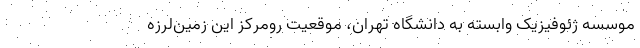
موسسه ژئوفیزیک وابسته به دانشگاه تهران، موقعیت رومرکز این زمین‌لرزه